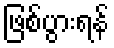
ဖြစ်ပွားရန်